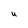
Character: U